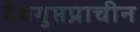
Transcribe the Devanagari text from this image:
देवगुप्तप्राचीन